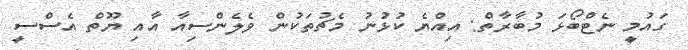
ގައުމީ ނެޓްބޯޅަ މުބާރާތް: އިއްޔެ ކުޅުނު މެޗުތަކުން ވެލެންސިއާ އާއި ޔޫތް އެސްސީ